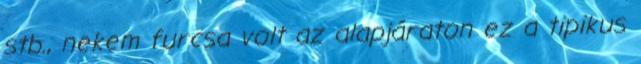
stb., nekem furcsa volt az alapjáraton ez a tipikus